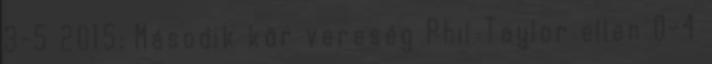
3-5 2015: Második kör vereség Phil Taylor ellen 0-4